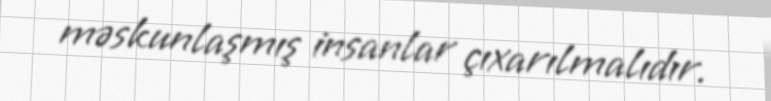
məskunlaşmış insanlar çıxarılmalıdır.